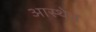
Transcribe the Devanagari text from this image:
आस्थेन्र